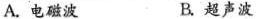
A.电磁波 B.超声波